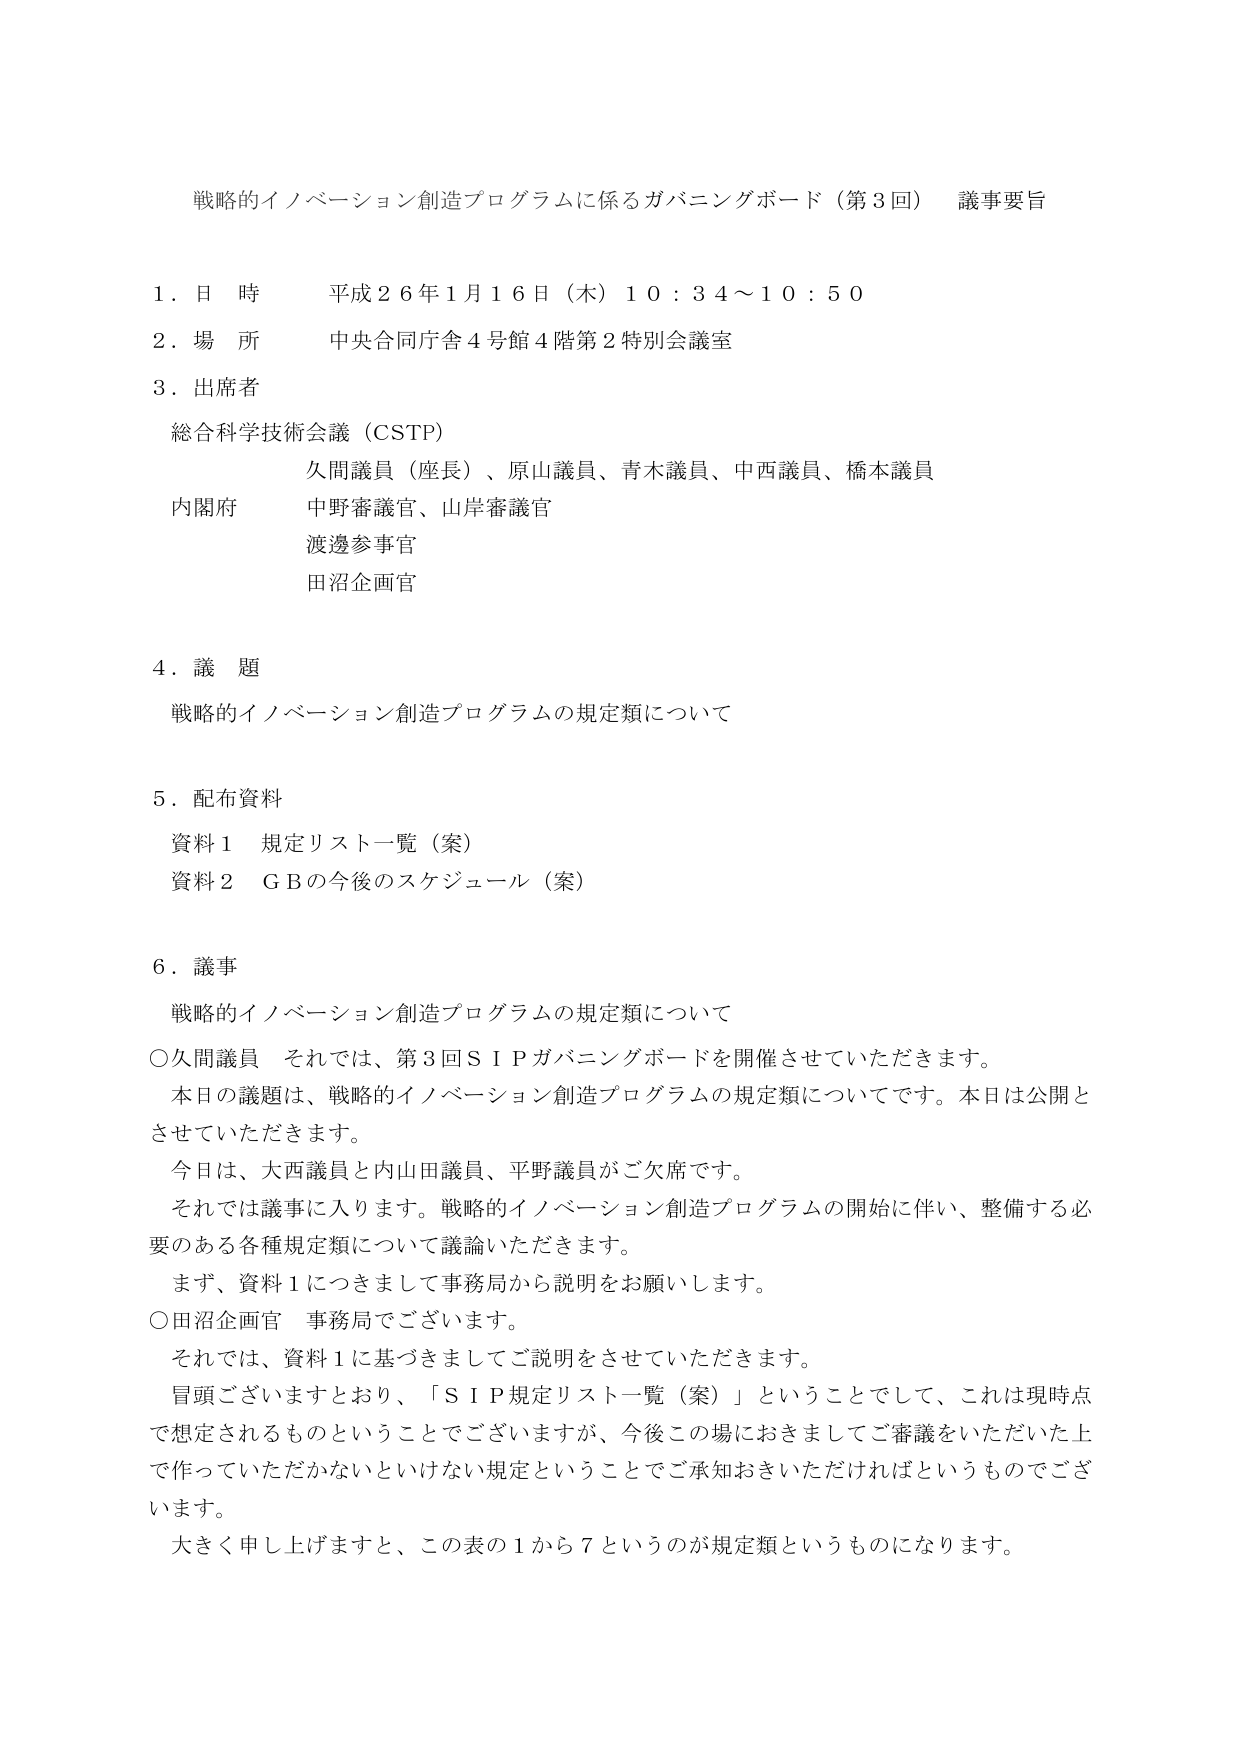
戦略的イノベーション創造プログラムに係るガバニングボード（第3回） 議事要旨

1. 日時 平成26年1月16日（木）10:34～10:50
2. 場所 中央合同庁舎4号館4階第2特別会議室
3. 出席者
　総合科学技術会議（CSTP）
　　久間議員（座長）、原山議員、青木議員、中西議員、橋本議員
　内閣府
　　中野審議官、山岸審議官
　　渡邊参事官
　　田沼企画官

4. 議題
　戦略的イノベーション創造プログラムの規定類について

5. 配布資料
　資料1 規定リスト一覧（案）
　資料2 GBの今後のスケジュール（案）

6. 議事
　戦略的イノベーション創造プログラムの規定類について
　○久間議員 それでは、第3回SIPガバニングボードを開催させていただきます。
　　本日の議題は、戦略的イノベーション創造プログラムの規定類についてです。本日は公開と
　　させていただきます。
　　今日は、大西議員と内山田議員、平野議員がご欠席です。
　　それでは議事に入ります。戦略的イノベーション創造プログラムの開始に伴い、整備する必
　　要のある各種規定類について議論いただきます。
　　まず、資料1につきまして事務局から説明をお願いします。
　○田沼企画官 事務局でございます。
　　それでは、資料1に基づきましてご説明をさせていただきます。
　　冒頭ございますとおり、「SIP規定リスト一覧（案）」ということでして、これは現時点
　　で想定されるものということでございますが、今後この場におきましてご審議をいただいた上
　　で作っていただかないといけない規定ということでご承知おきいただければというものですご
　　ざいます。
　　大きく申し上げますと、この表の1から7というのが規定類というものになります。